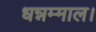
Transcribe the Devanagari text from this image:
धन्नम्माल।